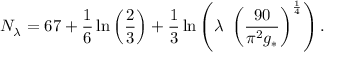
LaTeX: N _ { \lambda } = 6 7 + \frac { 1 } { 6 } \ln \left( \frac { 2 } { 3 } \right) + \frac { 1 } { 3 } \ln \left( \lambda ~ \left( \frac { 9 0 } { \pi ^ { 2 } g _ { * } } \right) ^ { \frac { 1 } { 4 } } \right) .